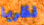
نظريا